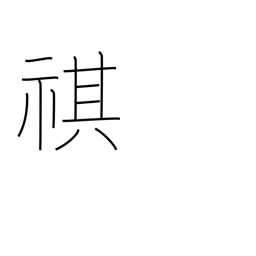
Meaning: security